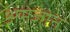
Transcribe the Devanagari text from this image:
अमेजोन